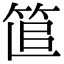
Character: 𥭱